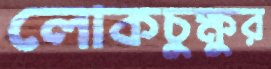
লোকচুক্ষুর